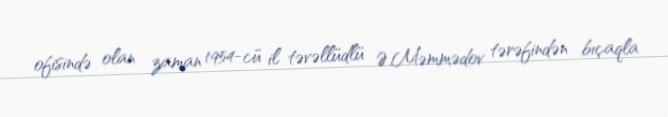
ofisində olan zaman 1954-cü il təvəllüdlü Ə.Məmmədov tərəfindən bıçaqla